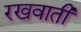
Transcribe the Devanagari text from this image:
रखवाती